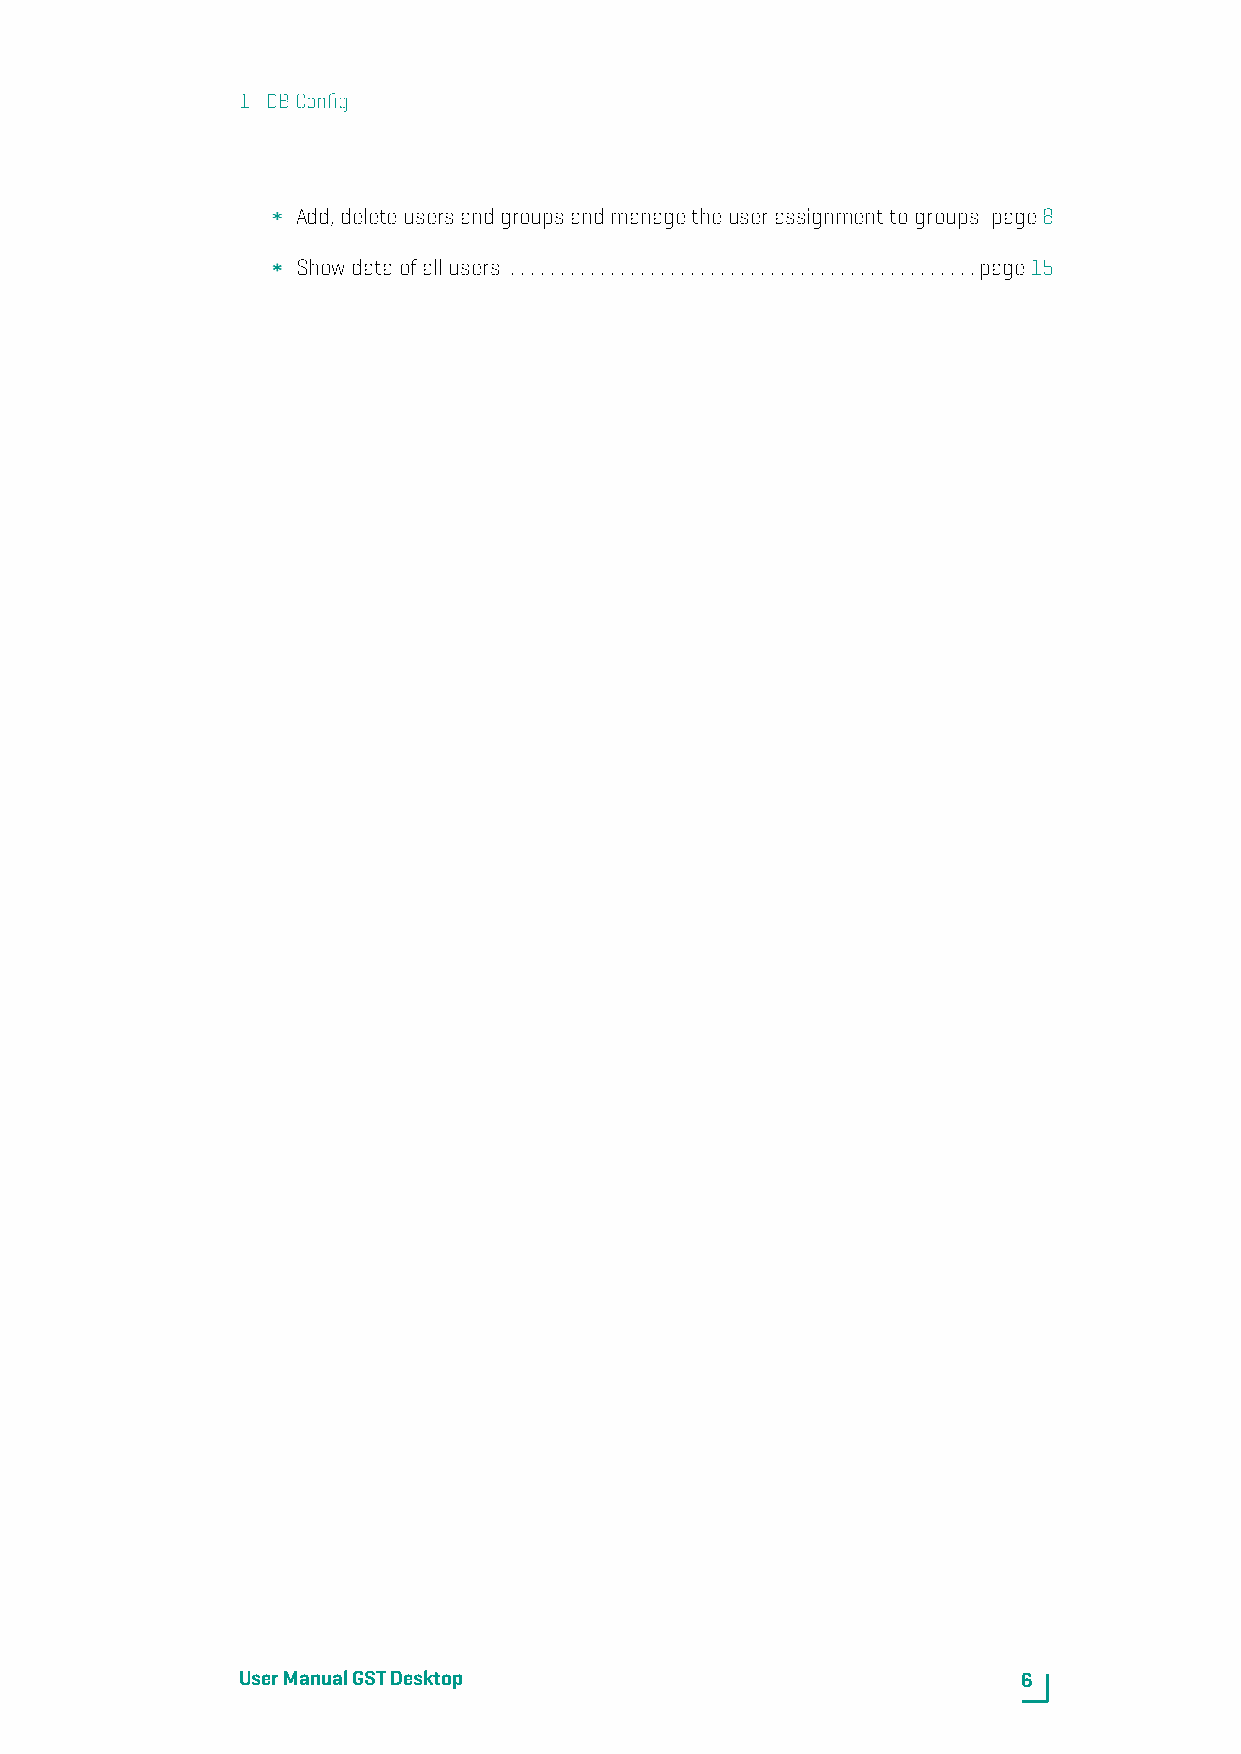
1. DBConfig
 Add,deleteusersandgroupsandmanagetheuserassignmenttogroups page8
 Showdataofallusers ...............................................page15
 UserManualGSTDesktop                                6